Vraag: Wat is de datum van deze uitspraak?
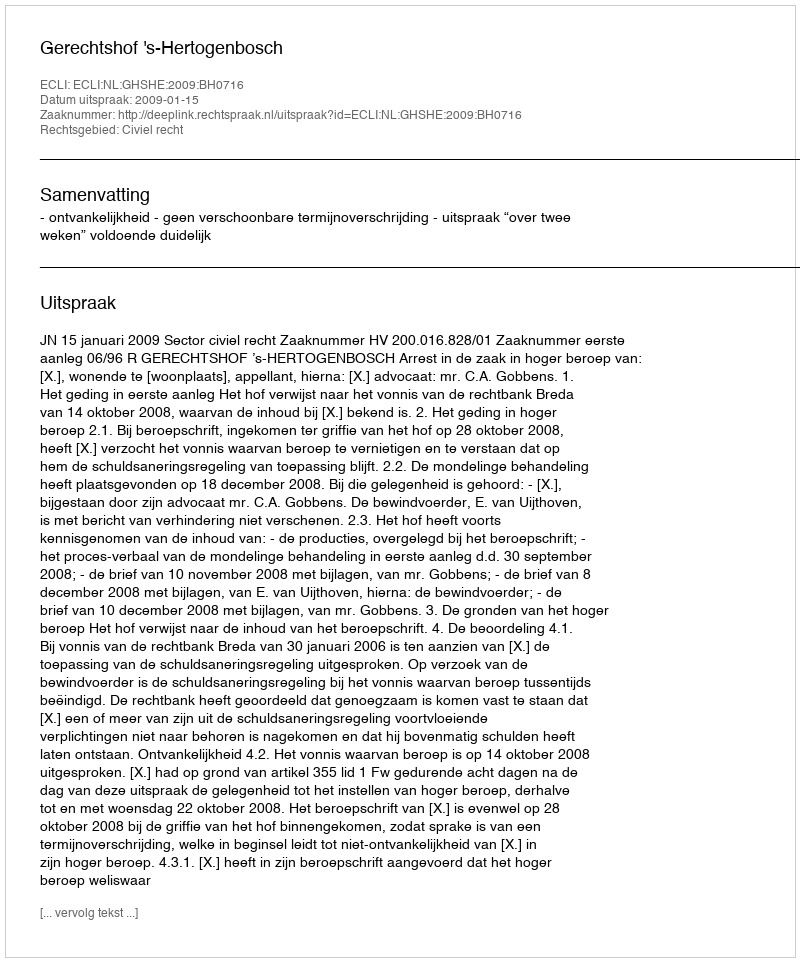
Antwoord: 2009-01-15